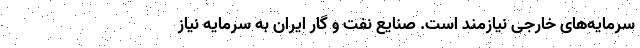
سرمایه‌های خارجی نیازمند است. صنایع نفت و گار ایران به سرمایه نیاز